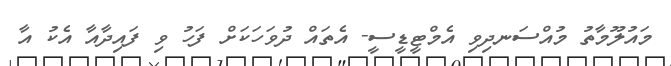
މައުލޫމާތު މުއްސަނދިވި އެމްޓީޑީސީ- އެތައް ދުވަހަކަށް ފަހު ވި ފައިދާއާ އެކު އާ